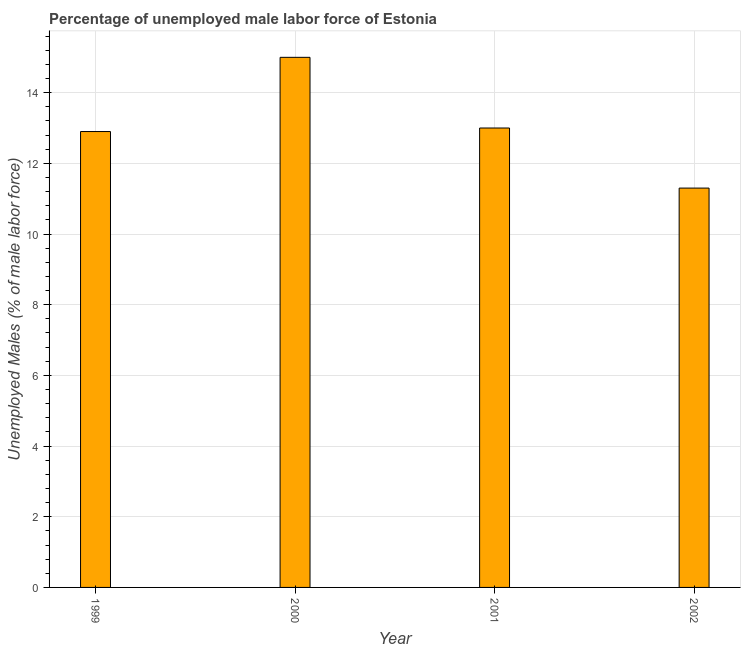
| Year | Unemployment male |
 | --- | --- |
 | 1999 | 12.9 |
 | 2000 | 15 |
 | 2001 | 13 |
 | 2002 | 11.3 |